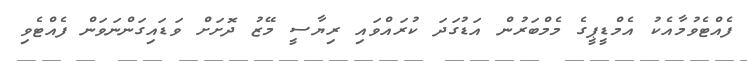
ފެއްޓެވުމާއެކު އެމްޑީޕީގެ މެމްބަރުން އަޑުގަދަ ކުރައްވައި ރިޔާސީ މޭޒު ދޮށަށް ވަޑައިގަންނަވަން ފެއްޓެވި